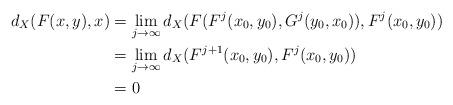
LaTeX: \begin{align*}d_X(F(x,y),x)&= \lim_{j\rightarrow \infty}d_X(F(F^j(x_0,y_0),G^j(y_0,x_0)),F^j(x_0,y_0))\\&=\lim_{j\rightarrow \infty} d_X(F^{j+1}(x_0,y_0),F^j(x_0,y_0))\\&= 0 \end{align*}